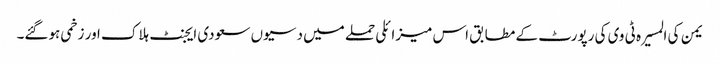
یمن کی المسیرہ ٹی وی کی رپورٹ کے مطابق اس میزائلی حملے میں دسیوں سعودی ایجنٹ ہلاک اور زخمی ہوگئے۔